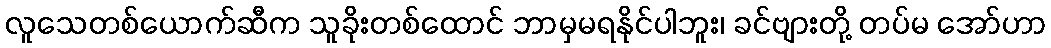
လူသေတစ်ယောက်ဆီက သူခိုးတစ်ထောင် ဘာမှမရနိုင်ပါဘူး၊ ခင်ဗျားတို့ တပ်မ အော်ဟာ